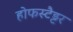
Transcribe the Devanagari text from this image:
होफस्टैड्टर